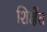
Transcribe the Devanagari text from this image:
शिक्षेंत